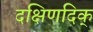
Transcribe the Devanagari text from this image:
दक्षिणदिक्